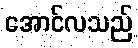
အောင်လသည်